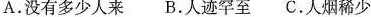
A.没有多少人来B.人迹罕至C.人烟稀少